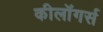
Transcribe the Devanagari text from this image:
कीलॉगर्स